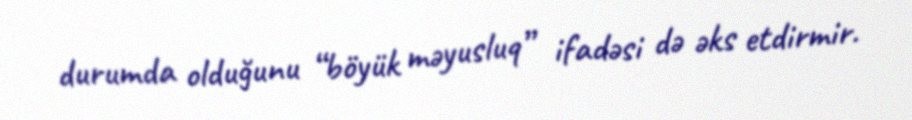
durumda olduğunu “böyük məyusluq” ifadəsi də əks etdirmir.